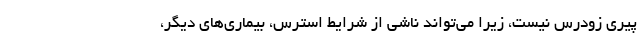
پیری زودرس نیست، زیرا می‌تواند ناشی از شرایط استرس، بیماری‌های دیگر،